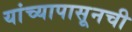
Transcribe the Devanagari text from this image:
यांच्यापासूनची